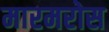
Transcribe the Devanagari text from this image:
मारमरोस